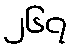
၂၆၇